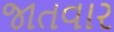
જાતવાર